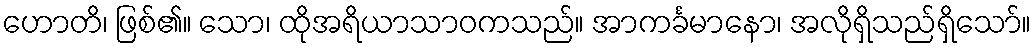
ဟောတိ၊ ဖြစ်၏။ သော၊ ထိုအရိယာသာဝကသည်။ အာကင်္ခမာနော၊ အလိုရှိသည်ရှိသော်။